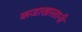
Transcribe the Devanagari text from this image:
कजाखस्तानी